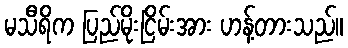
မသီရိက ပြည်မိုးငြိမ်းအား ဟန့်တားသည်။